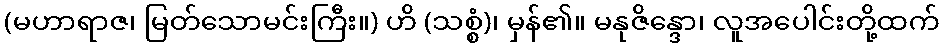
(မဟာရာဇ၊ မြတ်သောမင်းကြီး။) ဟိ (သစ္စံ)၊ မှန်၏။ မနုဇိန္ဒော၊ လူအပေါင်းတို့ထက်